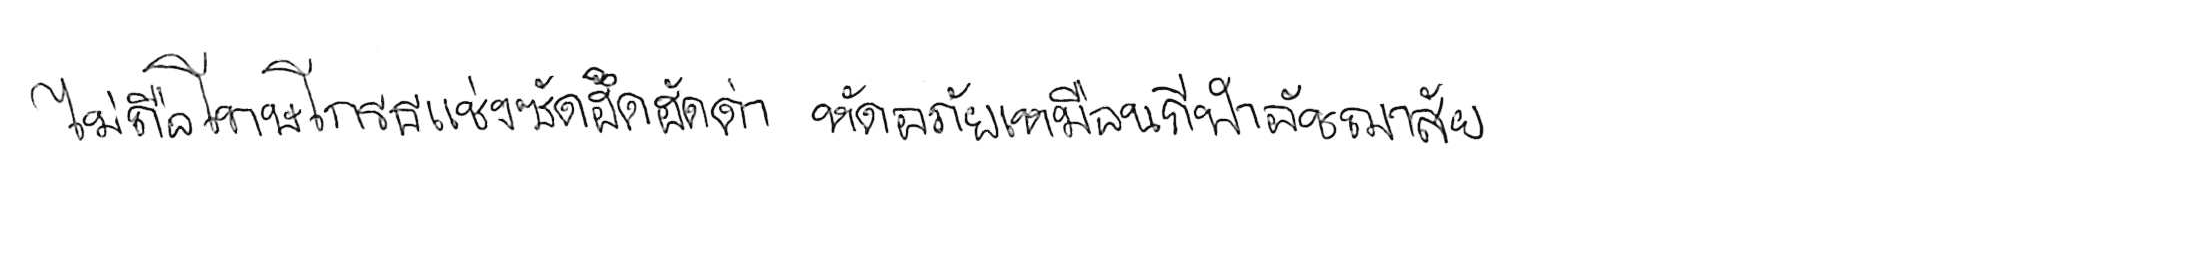
ไม่ถือโทษโกรธแช่งซัดฮึดฮัดด่า หัดอภัยเหมือนกีฬาอัชฌาสัย